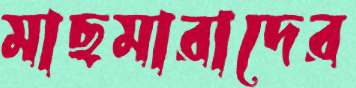
মাছমারাদের